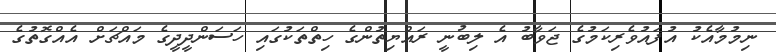
ނިމުމާއެކު އުފައުވެރިކަމުގެ ޖަވާބު އެ ލިބުނީ ރައްޔިތުންގެ ހިތްތަކުގައި ހަސަންދީދީގެ މައްޗަށް އެއްގޮތުގެ